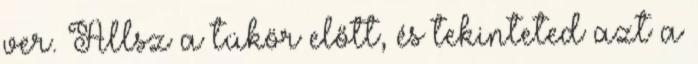
ver. Állsz a tükör előtt, és tekinteted azt a